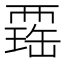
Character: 𧟾